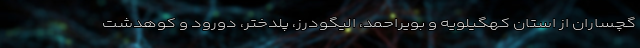
گچساران از استان کهگیلویه و بویراحمد، الیگودرز، پلدختر، دورود و کوهدشت